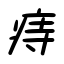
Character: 痔